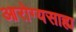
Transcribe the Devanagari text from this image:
आरोग्यसाह्य